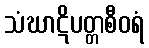
သံဃာဋိပတ္တစီဝရံ